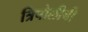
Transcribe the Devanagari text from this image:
त्रिपोलीची